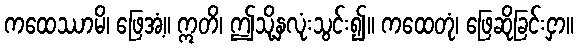
ကထေဿာမိ၊ ဖြေအံ့။ ဣတိ၊ ဤသို့နှလုံးသွင်း၍။ ကထေတုံ၊ ဖြေဆိုခြင်းငှာ။